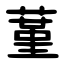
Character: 蓳